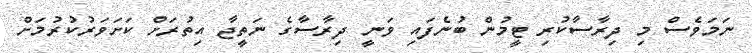
ނަމަވެސް މި ދިރާސާކުރި ޓީމުން ބުނެފައި ވަނީ ދިރާސާގެ ނަތީޖާ އިތުރަށް ކަށަވަރުކުރުމަށް